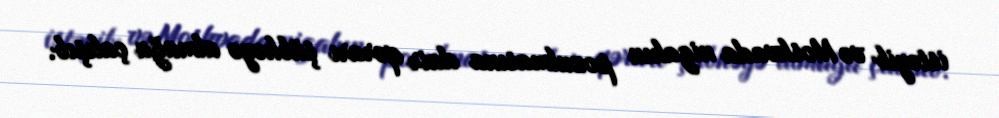
istəyib və Moskvada nigahın pozulmasına dair qərarı şübhəyə almağa çalışıb.